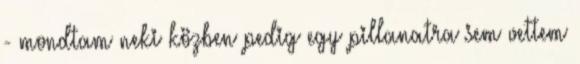
- mondtam neki közben pedig egy pillanatra sem vettem